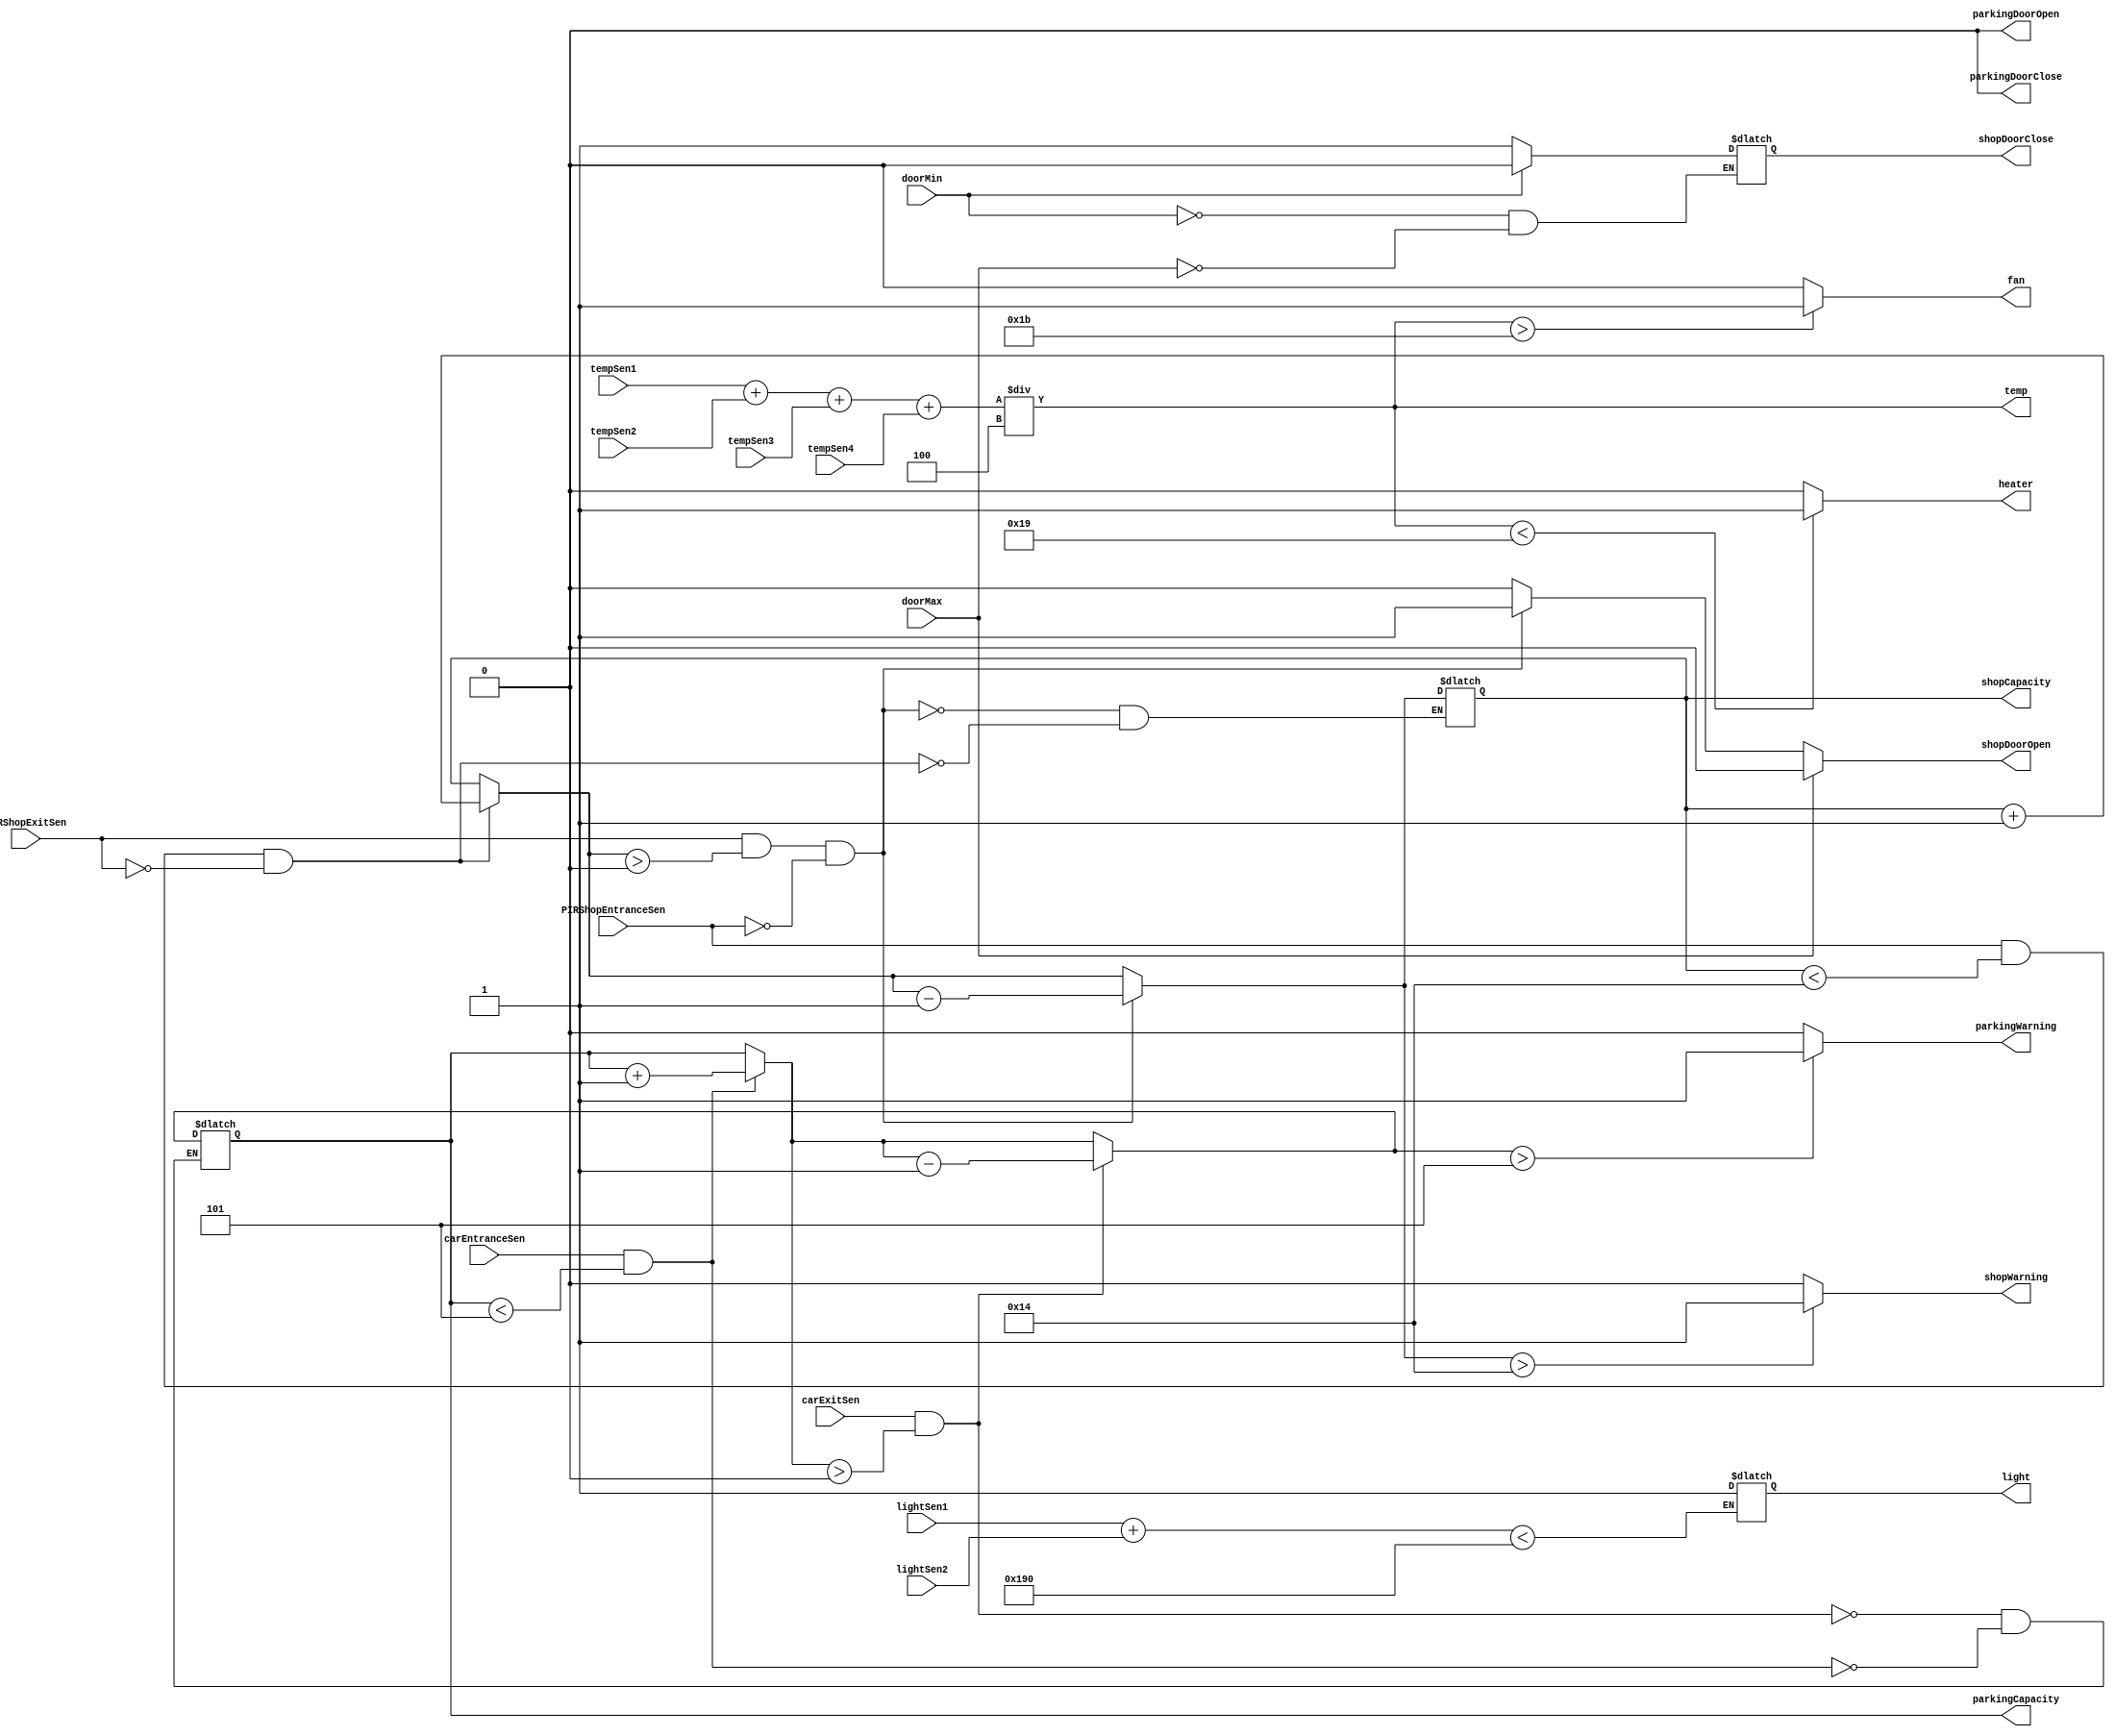
module shop(
    //* outputs
    parkingDoorOpen,
    parkingDoorClose,
    parkingWarning,
    parkingCapacity,
    shopDoorOpen,
    shopDoorClose,
    shopWarning,
    shopCapacity,
    fan,
    heater,
    light,
    temp,

    //* inputs
    carEntranceSen,
    carExitSen,
    PIRShopEntranceSen,
    PIRShopExitSen,
    doorMin,
    doorMax,
    tempSen1,
    tempSen2,
    tempSen3,
    tempSen4,
    lightSen1,
    lightSen2
  );

  output parkingDoorOpen,
         parkingDoorClose,
         parkingWarning,
         shopDoorOpen,
         shopDoorClose,
         shopWarning,
         fan,
         heater,
         light;

  output [31:0] parkingCapacity,
         shopCapacity,
         temp;

  reg parkingDoorOpen = 0,
      parkingDoorClose = 0,
      parkingWarning = 0,
      shopDoorOpen = 0,
      shopDoorClose = 0,
      shopWarning = 0,
      fan = 0,
      heater = 0,
      light = 0;

  reg [31:0] parkingCapacity = 0,
      shopCapacity = 0,
      temp = 0;

  input carEntranceSen,
        carExitSen,
        PIRShopEntranceSen,
        PIRShopExitSen,
        doorMin,
        doorMax;

  input [31:0] tempSen1,
        tempSen2,
        tempSen3,
        tempSen4,
        lightSen1,
        lightSen2;


  always @(tempSen1 or tempSen2 or tempSen3 or tempSen4)
  begin
    temp = (tempSen1 + tempSen2 + tempSen3 + tempSen4) / 4;
  end

  always @(*)
  begin
    // parkingDoorOpen
    // parkingCapacity
    // parkingDoorClose
    if (carEntranceSen && parkingCapacity < 5)
    begin
      parkingDoorOpen = 1;
      parkingCapacity++;
      #5;
      parkingDoorClose = 1;
      #5;
      parkingDoorOpen = 0;
      parkingDoorClose = 0;
      #5;
    end

    if (carExitSen && parkingCapacity > 0)
    begin
      parkingDoorOpen = 1;
      parkingCapacity--;
      #5;
      parkingDoorClose = 1;
      #5;
      parkingDoorOpen = 0;
      parkingDoorClose = 0;
      #5;
    end

    // parkingWarning
    if (parkingCapacity > 5)
      parkingWarning = 1;
    else
      parkingWarning = 0;

    // shopDoorOpen
    // shopCapacity
    if (PIRShopEntranceSen && shopCapacity < 20 && !PIRShopExitSen)
    begin
      shopDoorOpen = 1;
      shopCapacity++;
    end
    else
      shopDoorOpen = 0;


    if (PIRShopExitSen && shopCapacity > 0 && !PIRShopEntranceSen)
    begin
      shopDoorOpen = 1;
      shopCapacity--;
    end
    else
      shopDoorOpen = 0;

    // shopDoorClose
    if (doorMax)
    begin
      shopDoorOpen = 0;
      shopDoorClose = 1;
    end

    if (doorMin)
      shopDoorClose = 0;

    // shopWarning
    if (shopCapacity > 20)
      shopWarning = 1;
    else
      shopWarning = 0;

    // fan
    if (temp > 27)
      fan = 1;
    else
      fan = 0;

    // heater
    if (temp < 25)
      heater = 1;
    else
      heater = 0;

    // light
    if (lightSen1 + lightSen2 < 400)
      light = 1;
  end
endmodule